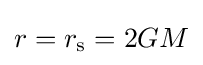
r=r_{\text{s}}=2GM